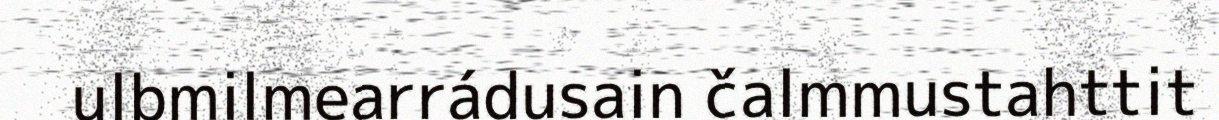
ulbmilmearrádusain čalmmustahttit